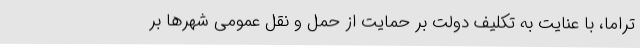
تراماً، با عنایت به تکلیف دولت بر حمایت از حمل و نقل عمومی شهرها بر